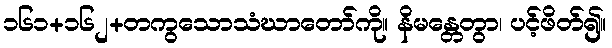
၁၆၁+၁၆၂+တကွသောသံဃာတော်ကို။ နိမန္တေတွာ၊ ပင့်ဖိတ်၍။